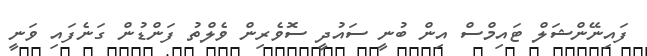
ފައިނޭންޝަލް ޓައިމްސް އިން ބުނީ ސައުދީ ސޮވެރިން ވެލްތު ފަންޑުން ގަނެފައި ވަނީ